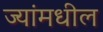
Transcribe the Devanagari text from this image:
ज्यांमधील